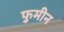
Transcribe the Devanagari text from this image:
फुमीन